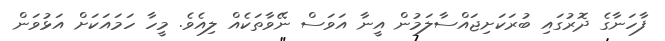
ފާހަނާގެ ދޮރުގައި ބުރަކަށިޖައްސާލަމުން އީނާ އަވަސް ނޭވާތަކެއް ލިއެވެ. މީހާ ހަމައަކަށް އަޅުވަން